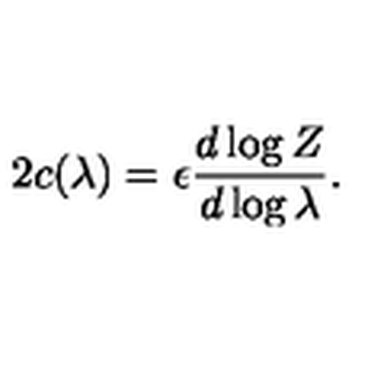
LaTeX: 2 c ( \lambda ) = \epsilon { \frac { d \log Z } { d \log \lambda } } .